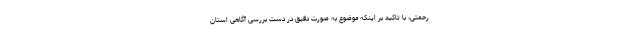
رحمتی، با تاکید بر اینکه موضوع به صورت دقیق در دست بررسی آگاهی استان